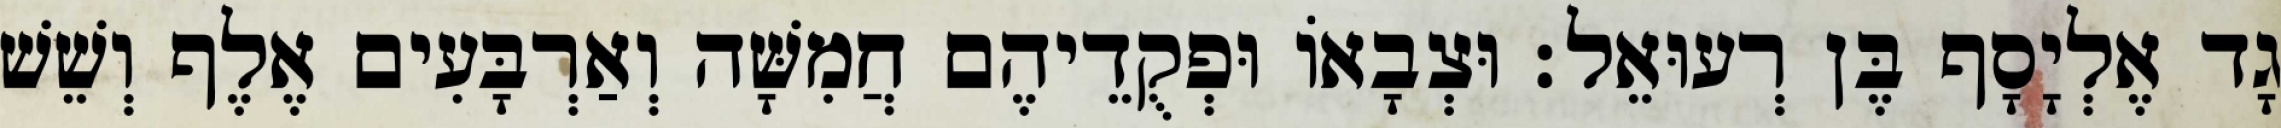
גָד אֶלְיָסָף בֶּן רְעוּאֵל׃ וּצְבָאוֹ וּפְקֻדֵיהֶם חֲמִשָּׁה וְאַרְבָּעִים אֶלֶף וְשֵׁשׁ